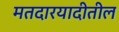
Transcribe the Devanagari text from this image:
मतदारयादीतील